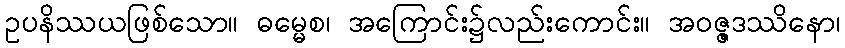
ဥပနိဿယဖြစ်သော။ ဓမ္မေစ၊ အကြောင်း၌လည်းကောင်း။ အဝဇ္ဇဒဿိနော၊